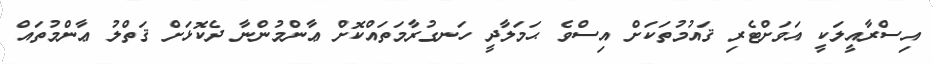
އިސްރާއީލަކީ އަވަށްޓެރި ޤައުމުތަކަށް އިސްވެ ޙަމަލާދީ ހަނގުރާމަތައްކޮށް ޢާންމުންނާ ދެކޮޅަށް ޤަތްލު ޢާންމުތައް